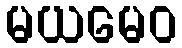
မယမေဝ